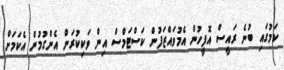
ކަމުގައި ބުނެ ރައީސް އޮފީހުން އެމުވައްޒަފުން ކަސްޓަމްސް އިން ވަކިކުރަން އެންގުމުން އެކަމަށް